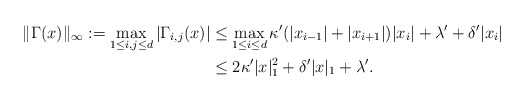
\begin{align*} \|\Gamma(x)\|_\infty := \max_{1 \le i,j \le d} |\Gamma_{i,j} (x)| &\le \max_{1 \le i \le d}\kappa ' (|x_{i-1}| + |x_{i+1}|)|x_i|+ \lambda' + \delta'|x_i|\\ &\le 2 \kappa' |x|_1^2 +\delta' |x|_1 +\lambda'.\end{align*}